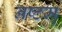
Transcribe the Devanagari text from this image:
नष्टम्